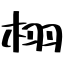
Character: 栩